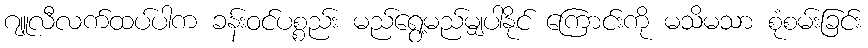
ဂျူလီလက်ထပ်ပါက ခန်းဝင်ပစ္စည်း မည်ရွေ့မည်မျှပါနိုင် ကြောင်းကို မသိမသာ စုံစမ်းခြင်း